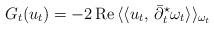
LaTeX: \begin{align*}G_t( u_t)= -2\,\mbox{Re}\,\langle\langle u_t,\,\bar\partial_t ^{\star}\omega_t\rangle\rangle_{\omega_t}\end{align*}